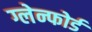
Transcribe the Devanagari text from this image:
ग्लेन्फोर्ड